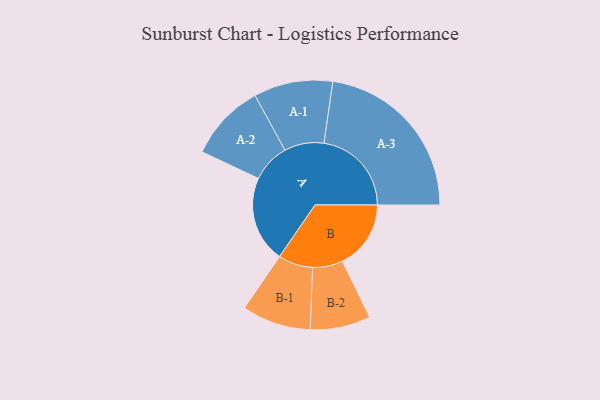
{"axis": {"x": "Segment", "y": "Value"}, "legend": ["", "A", "B"], "data": [{"x": "A", "y": 295, "type": ""}, {"x": "B", "y": 234, "type": ""}, {"x": "A-1", "y": 135, "type": "A"}, {"x": "A-2", "y": 132, "type": "A"}, {"x": "A-3", "y": 299, "type": "A"}, {"x": "B-1", "y": 118, "type": "B"}, {"x": "B-2", "y": 103, "type": "B"}]}